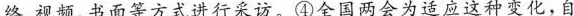
络、视频、书面等方式进行采访。④全国两会为适应这种变化，自